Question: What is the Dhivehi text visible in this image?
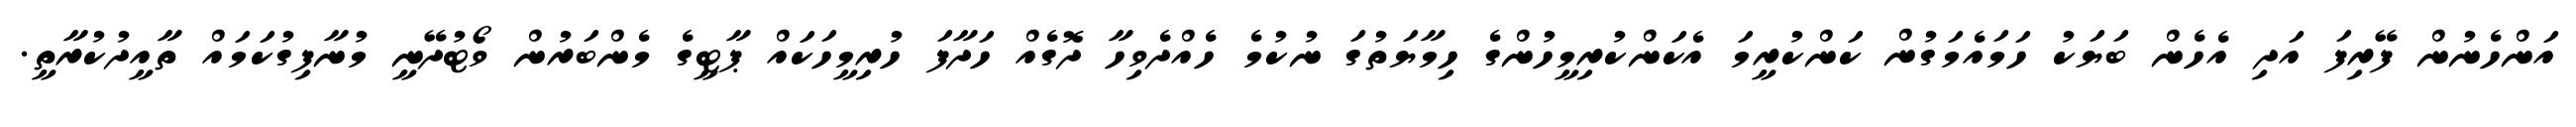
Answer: އަންހެނުން ފޭރިފަ އަދި އެހެން ބަޔަކު ހަމައެމަގުން ކަންކުރީމަ އެކަންކުރިމީހުންގެ ހިމާޔަތުގަ ނުކުމެ ހެއްދެވިހާ ދޮގެއް ހަދާފަ ހުރިމީހަކައް ޕާޓީގެ މެންބަރުން ވޯޓުދޭނީ މުނާފިގުކަމައް ތާއީދުކުރާތީ.